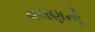
વલણનો